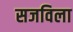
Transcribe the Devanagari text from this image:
सजविला